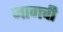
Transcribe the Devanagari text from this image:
जागची